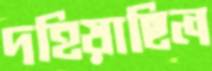
দহিয়াছিল